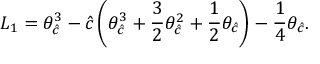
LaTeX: L _ { 1 } = \theta _ { \hat { c } } ^ { 3 } - { \hat { c } } \left( \theta _ { \hat { c } } ^ { 3 } + \frac { 3 } { 2 } \theta _ { \hat { c } } ^ { 2 } + \frac { 1 } { 2 } \theta _ { \hat { c } } \right) - \frac { 1 } { 4 } \theta _ { \hat { c } } .